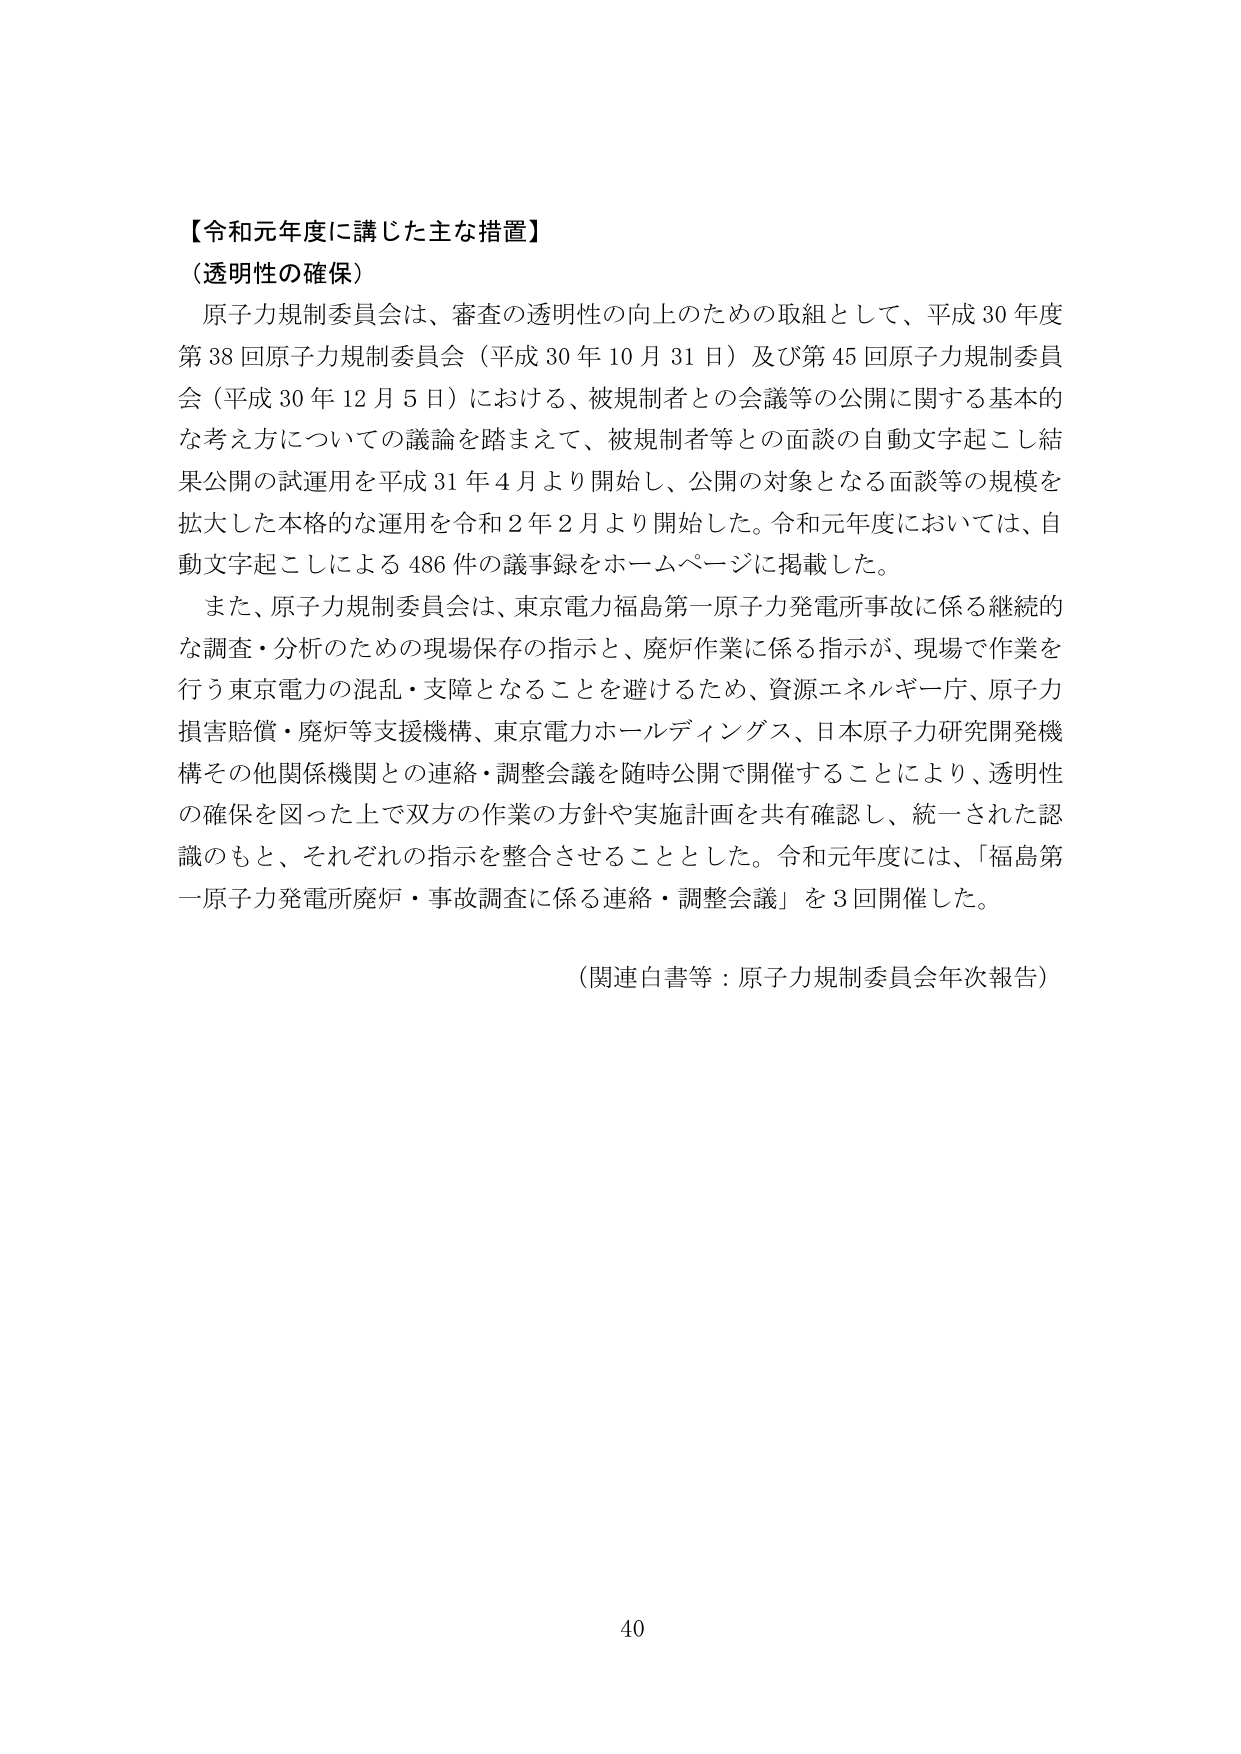
【令和元年度に講じた主な措置】
（透明性の確保）
原子力規制委員会は、審査の透明性の向上のための取組として、平成30年度第38回原子力規制委員会（平成30年10月31日）及び第45回原子力規制委員会（平成30年12月5日）における、被規制者との会議等の公開に関する基本的な考え方についての議論を踏まえて、被規制者等との面談の自動文字起こし結果公開の試運用を平成31年4月より開始し、公開の対象となる面談等の規模を拡大した本格的な運用を令和2年2月より開始した。令和元年度においては、自動文字起こしによる486件の議事録をホームページに掲載した。
また、原子力規制委員会は、東京電力福島第一原子力発電所事故に係る継続的な調査・分析のための現場保存の指示と、廃炉作業に係る指示が、現場で作業を行う東京電力の混乱・支障となることを避けるため、資源エネルギー庁、原子力損害賠償・廃炉等支援機構、東京電力ホールディングス、日本原子力研究開発機構その他関係機関との連絡・調整会議を随時公開で開催することにより、透明性の確保を図った上で双方の作業の方針や実施計画を共有確認し、統一された認識のもと、それぞれの指示を整合させることとした。令和元年度には、「福島第一原子力発電所廃炉・事故調査に係る連絡・調整会議」を3回開催した。
（関連白書等：原子力規制委員会年次報告）
40